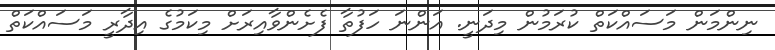
ނިންމަން މަސައްކަތް ކުރަމުން މިދަނީ. އަންނަ ހަފުތާ ފެށެންވާއިރަށް މިކަމުގެ އިދާރީ މަސައްކަތް